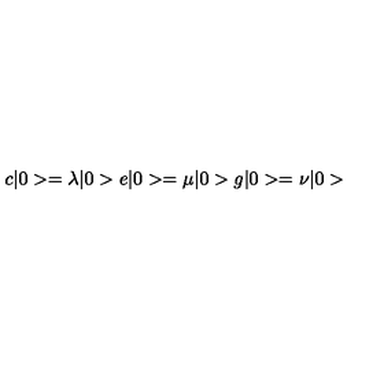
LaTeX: c \vert 0 > = \lambda \vert 0 > e \vert 0 > = \mu \vert 0 > g \vert 0 > = \nu \vert 0 >